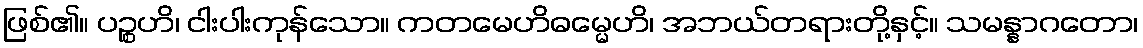
ဖြစ်၏။ ပဉ္စဟိ၊ ငါးပါးကုန်သော။ ကတမေဟိဓမ္မေဟိ၊ အဘယ်တရားတို့နှင့်။ သမန္နာဂတော၊